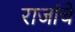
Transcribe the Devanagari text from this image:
राजांचें